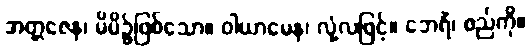
အတ္တဇေန၊ မိမိ၌ဖြစ်သော။ ဝါယာမေန၊ လုံ့လဖြင့်။ ဘေရိံ၊ စည်ကို။